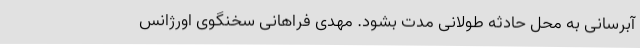
آبرسانی به محل حادثه طولانی مدت بشود. مهدی فراهانی سخنگوی اورژانس